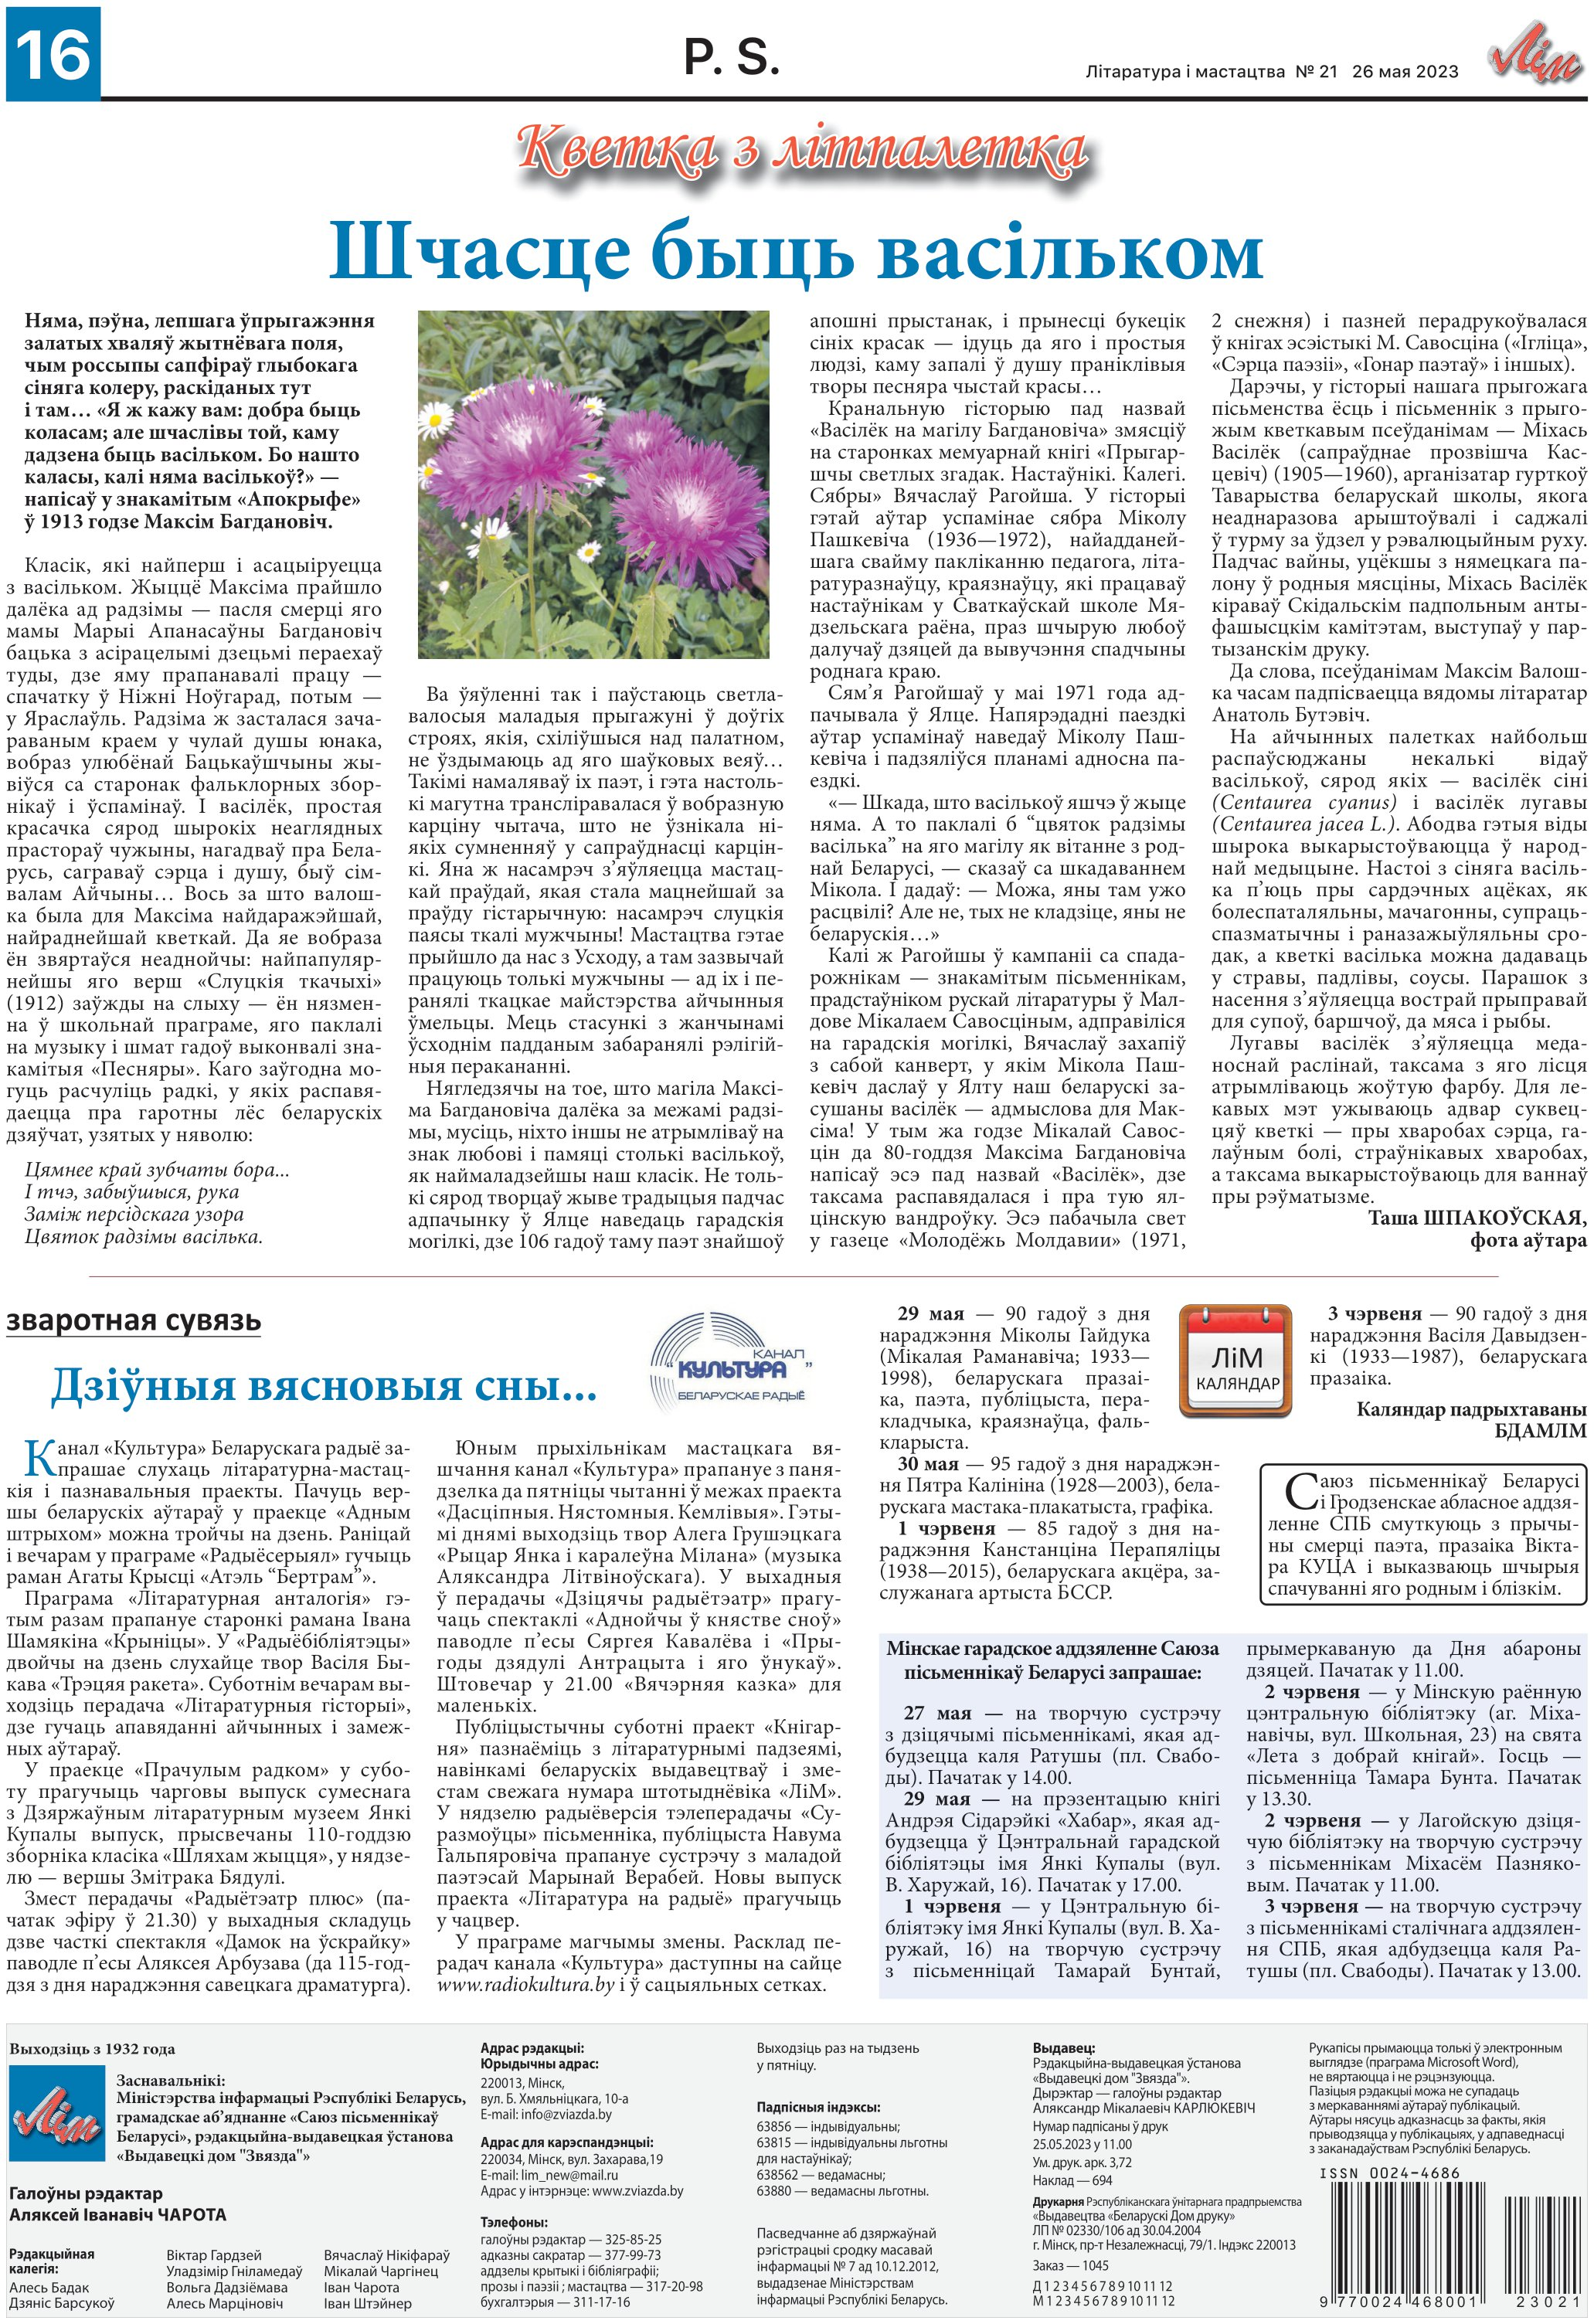
Language: be